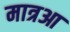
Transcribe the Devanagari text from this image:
मात्रआ